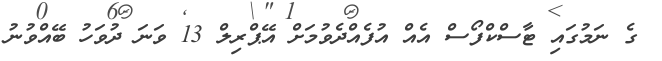
ގެ ނަމުގައި ޓާސްކްފޯސް އެއް އުފެއްދެވުމަށް އޭޕްރިލް 13 ވަނަ ދުވަހު ބޭއްވުނު